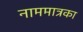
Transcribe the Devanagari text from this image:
नाममात्रका